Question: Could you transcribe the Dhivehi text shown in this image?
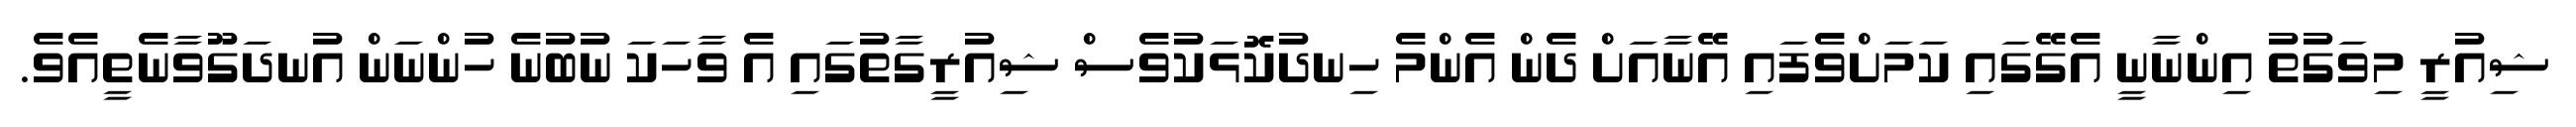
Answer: ޝިއުރީ މިވަގުތު އިންނާނީ އެގޭގައި ކަމަށްވެފައި އޭނާއަށް ދެން އެންމެ ހިނދުކޮޅަކުވެސް ޝިއުރީގާތުގައި އެ ވާހަކަ ނުބުނެ ހުންނަން އުނދަގޫވާނެތީއެވެ.